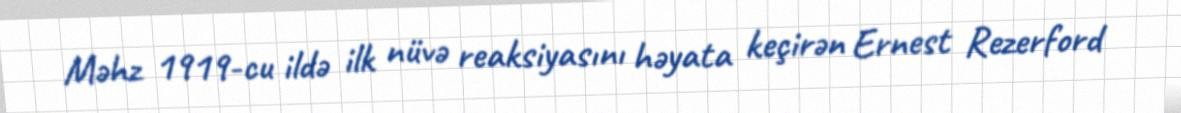
Məhz 1919-cu ildə ilk nüvə reaksiyasını həyata keçirən Ernest Rezerford